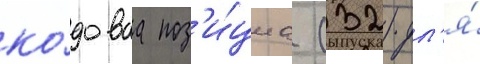
ко́доваа поз'и́циа (32) дл'я́